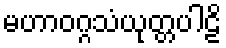
မဟာဝဂ္ဂသံယုတ္တပါဠိ